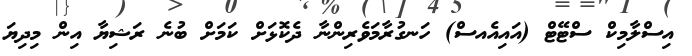
އިސްލާމިކް ސްޓޭޓް (އައިއެއސް) ހަނގުރާމަވެރިންނާ ދެކޮޅަށް ކަމަށް ބުނެ ރަޝިޔާ އިން މިދިޔަ